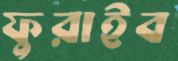
ফুরাইব